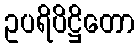
ဥပရိပိဋ္ဌိတော